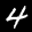
Label: 4